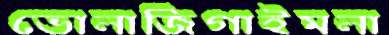
ভোলাজিগাইমলা